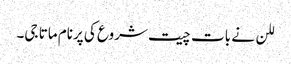
للن نے بات چیت شروع کی پرنام ماتا جی۔